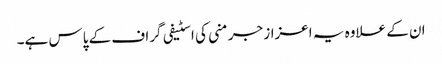
ان کے علاوہ یہ اعزاز جرمنی کی اسٹیفی گراف کے پاس ہے۔